Civil Veterinary Department Bengal reports 1923-33 - 1923-1933
Year: 1923
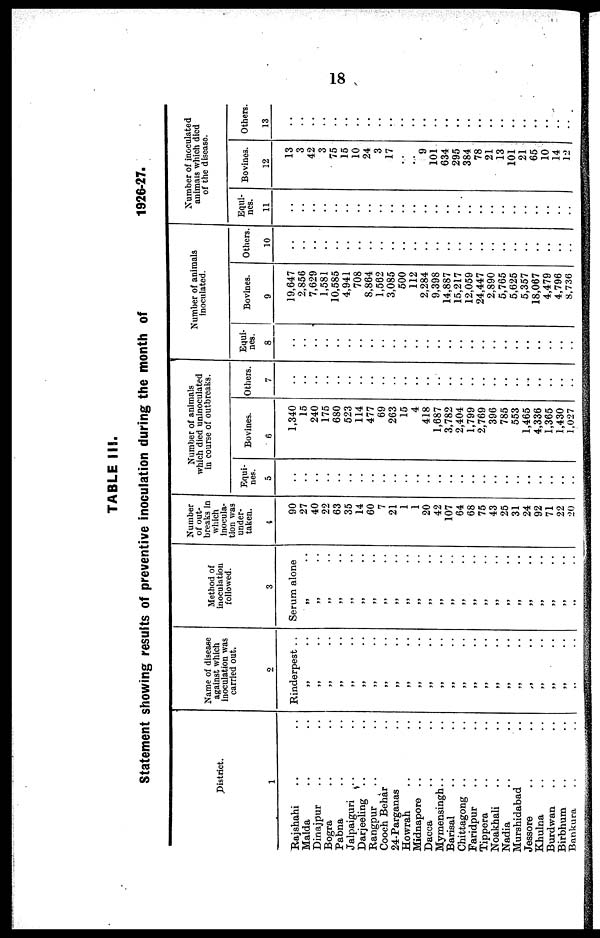
18
TABLE III.
Statement showing results of preventive inoculation during the month of
1926-27.
District.
1
Rajshahi .. ..
Malda .. ..
Dinajpur .. ..
Bogra .. ..
Pabna .. ..
Jalpaiguri .. ..
Darjeeling .. ..
Rangpur .. ..
Cooch Behar ..
24-Parganas ..
Howrah .. ..
Midnapore .. ..
Dacca .. ..
Mymensingh .. ..
Barisal .. ..
Chittagong .. ..
Faridpur .. ..
Tippera .. ..
Noakhali .. ..
Nadia .. ..
Murshidabad ..
Jessore .. ..
Khulna .. ..
Burdwan .. ..
Birbhum .. ..
Bankura .. ..
Name of disease
against which
inoculation was
carried out.
2
Rinderpest . .
„ ..
„ ..
„ ..
„ ..
„ ..
99 ..
„ .. ..
„ ..
„ ..
„ ..
„ ..
„ ..
„ ..
„ ..
„ ..
„ ..
„ ..
„ ..
„..
„ ..
„ ..
„ ..
„ ..
„ ..
„ ..
Method of
inoculation
followed.
3
Serum alone
„ ..
„ ..
„ ..
„ ..
„ ..
„ ..
„ ..
„ ..
„ ..
„ ..
„ ..
„ ..
„ ..
„ ..
„ ..
„ ..
„ ..
„ ..
„ ..
„ ..
„ ..
„ ..
„ ..
„ ..
„ ..
Number
of out-
breaks in
which
inocula-
tion was
under-
taken.
4
90
27
40
22
63
35
14
60
7
21
1
1
20
42
107
64
68
75
43
25
31
24
92
71
22
20
Number of animals
which died uninoculated
in course of outbreaks.
Equi-
nes.
5
..
..
..
..
..
..
..
..
..
..
..
..
..
..
..
..
..
..
..
..
..
..
..
..
..
..
Bovines.
6
1,340
15
240
175
680
523
114
477
69
263
15
4
418
1,687
3,782
2,404
1,799
2,769
396
785
553
1,465
4,336
1,365
1,430
1,027
Others.
7
..
..
..
..
..
..
..
..
..
..
..
..
..
..
..
..
..
..
..
..
..
..
..
..
..
..
Number of animals
inoculated.
Equi-
nes.
8
..
..
..
..
..
..
..
..
..
..
..
..
..
..
..
..
..
..
..
..
..
..
..
..
..
..
Bovines.
9
19,647
2,856
7,629
1,581
10,585
4,941
708
8,864
1,562
3,085
500
112
2,284
9,398
14,887
15,217
12,059
24,447
2,890
5,765
5,625
5,357
18,067
4,479
4,796
8,736
Others.
10
..
..
..
..
..
..
..
..
..
..
..
..
..
..
..
..
..
..
..
..
..
..
..
..
..
..
Number of inoculated
animals which died
of the disease.
Equi-
nes.
11
..
..
..
..
..
..
..
..
..
..
..
..
..
..
..
..
..
..
..
..
..
..
..
..
..
..
Bovines.
12
13
3
42
3
75
15
10
24
3
17
..
...
9
101
634
295
384
78
21
13
101
21
65
10
14
12
Others.
13
..
..
..
..
..
..
..
..
..
..
..
..
..
..
..
..
..
..
..
..
..
..
..
..
..
..